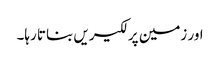
اور زمین پر لکیریں بناتا رہا۔